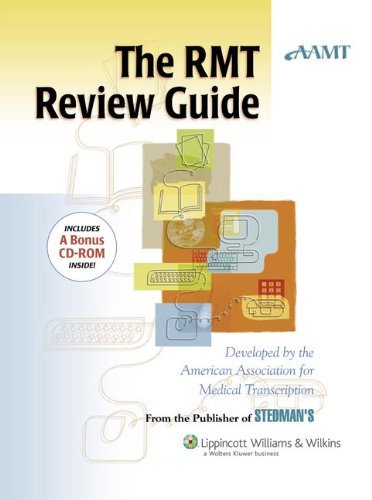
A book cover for The AAMT RMT Review Guide by American Association for Medical Transcription (AAMT). (Lippincott Williams & Wilkins,2006) [Paperback]; Medical Books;